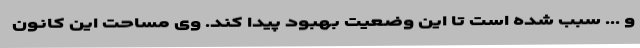
و ... سبب شده است تا این وضعیت بهبود پیدا کند. وی مساحت این کانون